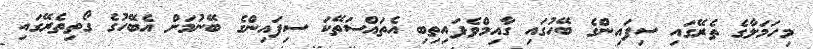
މިހަމަލާގެ ތެރޭގައި ސިފައިންގެ ބޭހުގައި ގާއިމްވެފައިތިބި އެތައްސަތޭކަ ސިފައިންގެ ބޭނުމަށް އެބޭހުގެ ގޯތިތެރޭގައި